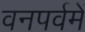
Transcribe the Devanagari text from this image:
वनपर्वमें